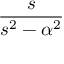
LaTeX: \frac { s } { s ^ { 2 } - \alpha ^ { 2 } }